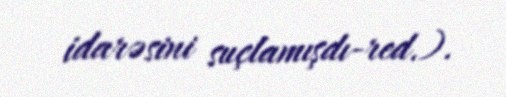
idarəsini suçlamışdı-red.).